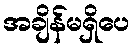
အချိန်မရှိပေ